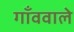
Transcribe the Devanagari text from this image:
गाँववाले